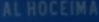
ALHOCEIMA